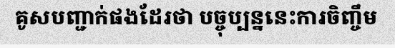
គូសបញ្ជាក់ផងដែរថា បច្ចុប្បន្ននេះការចិញ្ចឹម